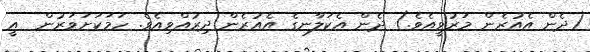
(ދެން އެއުރެން މަރުވީއެވެ.) ދެން އެކަލާނގެ އެއުރެން ދިރުއްވިއެވެ. ހަމަކަށަވަރުން  އީ